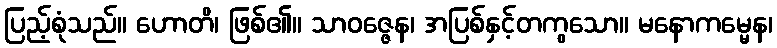
ပြည့်စုံသည်။ ဟောတိ၊ ဖြစ်၏။ သာဝဇ္ဇေန၊ အပြစ်နှင့်တကွသော။ မနောကမ္မေန၊